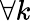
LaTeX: \forall k